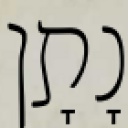
נָתָן